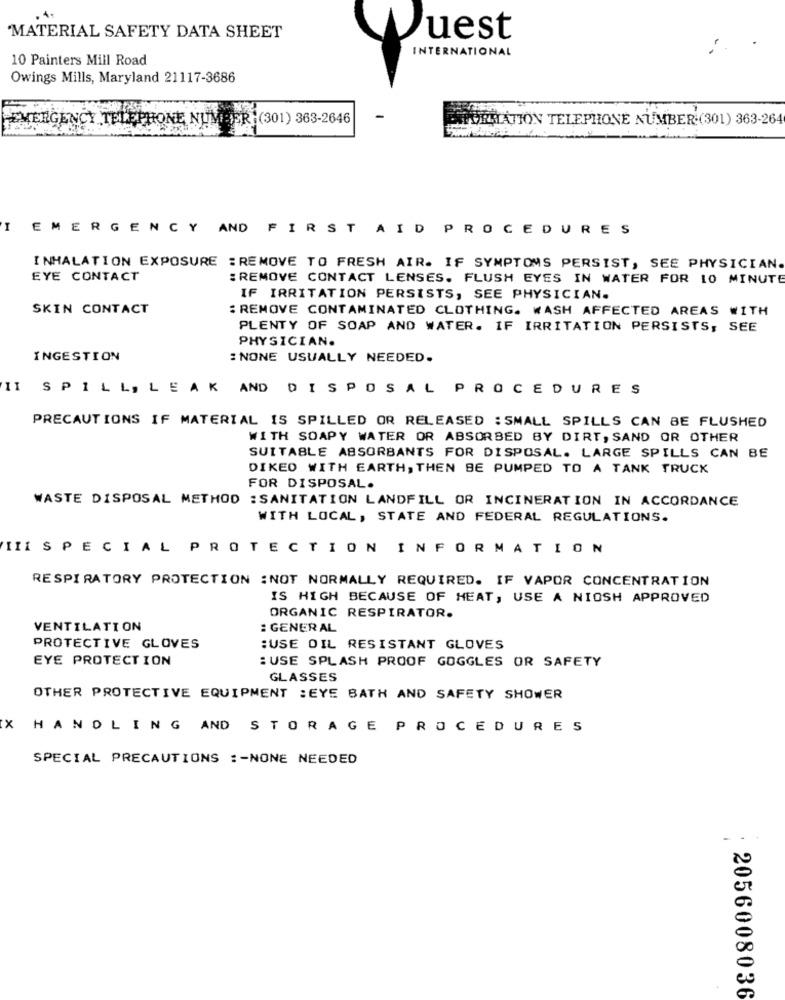
MATERIAL SAFETY DATA SHEET
Wuest
INTERNATIONAL
10 Painters Mill Road
Owings Mills, Maryland 21117-3686
EMERGENCY TELEPHONE NUMBER:(301) 363-2646
FORMATION TELEPHONE NUMBER (301) 363-264
I EMERGENCY AND FIRST AID PROCEDURES
INHALATION EXPOSURE : REMOVE TO FRESH AIR. IF SYMPTOMS PERSIST, SEE PHYSICIAN.
EYE CONTACT
: REMOVE CONTACT LENSES. FLUSH EYES IN WATER FOR 10 MINUTE
IF IRRITATION PERSISTS, SEE PHYSICIAN.
SKIN CONTACT
: REMOVE CONTAMINATED CLOTHING. WASH AFFECTED AREAS WITH
PLENTY OF SOAP AND WATER. IF IRRITATION PERSISTS, SEE
PHYSICIAN.
INGESTION
: NONE USUALLY NEEDED.
II SPILL, LEAK AND DISPOSAL PROCEDURES
PRECAUTIONS IF MATERIAL IS SPILLED OR RELEASED : SMALL SPILLS CAN BE FLUSHED
WITH SOAPY WATER OR ABSORBED BY DIRT, SAND OR OTHER
SUITABLE ABSORBANTS FOR DISPOSAL. LARGE SPILLS CAN BE
DIKED WITH EARTH, THEN BE PUMPED TO A TANK TRUCK
FOR DISPOSAL.
WASTE DISPOSAL METHOD : SANITATION LANDFILL OR INCINERATION IN ACCORDANCE
WITH LOCAL, STATE AND FEDERAL REGULATIONS.
III SPECIAL PROTECTION INFORMATION
RESPIRATORY PROTECTION :NOT NORMALLY REQUIRED. IF VAPOR CONCENTRATION
IS HIGH BECAUSE OF HEAT, USE A NIOSH APPROVED
ORGANIC RESPIRATOR.
VENTILATION
: GENERAL
PROTECTIVE GLOVES
:USE OIL RESISTANT GLOVES
EYE PROTECTION
: USE SPLASH PROOF GOGGLES OR SAFETY
GLASSES
OTHER PROTECTIVE EQUIPMENT : EYE BATH AND SAFETY SHOWER
X HANDLING AND STORAGE PROCEDURES
SPECIAL PRECAUTIONS :- NONE NEEDED
2056008036